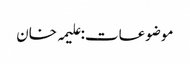
موضوعات:علیمہ خان